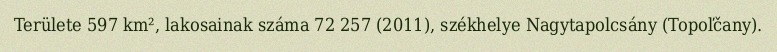
Területe 597 km², lakosainak száma 72 257 (2011), székhelye Nagytapolcsány (Topoľčany).